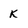
Character: K